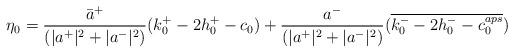
LaTeX: \begin{align*}\eta_0=\dfrac{\bar{a}^+}{(|a^+|^2+|a^-|^2)}(k^+_0-2h_0^+-c_0)+\dfrac{a^-}{(|a^+|^2+|a^-|^2)}(\overline{k^-_0-2h_0^--c_0^{aps}})\end{align*}